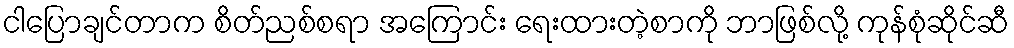
ငါပြောချင်တာက စိတ်ညစ်စရာ အကြောင်း ရေးထားတဲ့စာကို ဘာဖြစ်လို့ ကုန်စုံဆိုင်ဆီ